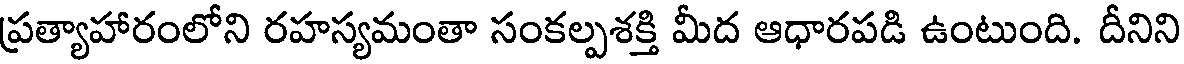
ప్రత్యాహారంలోని రహస్యమంతా సంకల్పశక్తి మీద ఆధారపడి ఉంటుంది. దీనిని